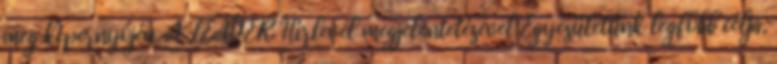
meg képernyőjén. A LEADER Hírlevél megjelentetésével Egyesületünk legfőbb célja,